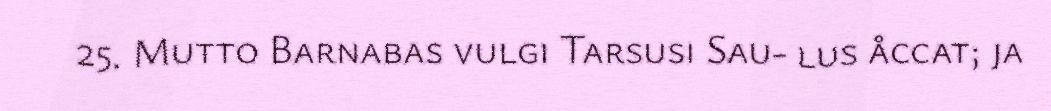
25. Mutto Barnabas vulgi Tarsusi Sau- lus åccat; ja